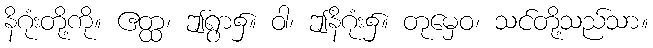
နိဂုံးတို့ကို။ ဧတ္ထ၊ ဤရွာ၌။ ဝါ၊ ဤနိဂုံး၌။ တုမှေဝ၊ သင်တို့သည်သာ။